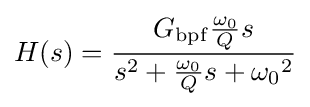
H(s)={\frac {G_{\mathrm {bpf} }{\frac {\omega _{0}}{Q}}s}{s^{2}+{\frac {\omega _{0}}{Q}}s+{\omega _{0}}^{2}}}